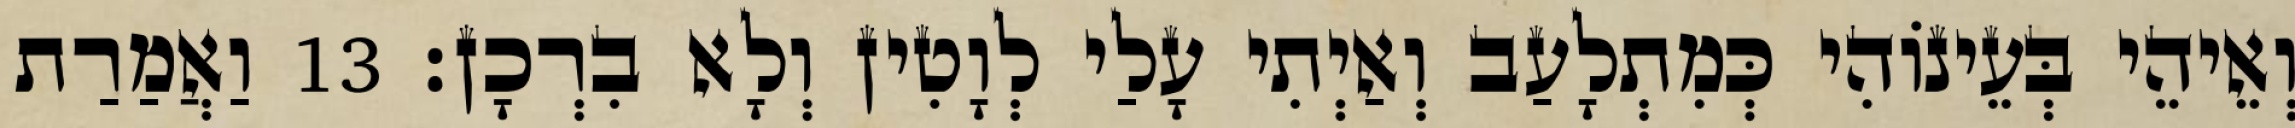
וְאֵיהֵי בְּעֵינוֹהִי כְּמִתְלָעַב וְאַיְתִי עָלַי לְוָטִין וְלָא בִרְכָן׃ 13 וַאֲמַרַת